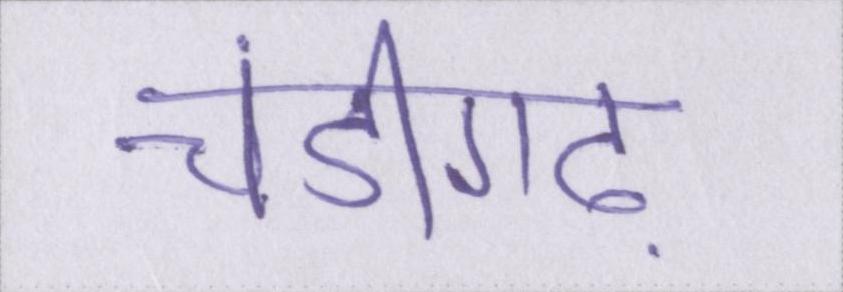
चंडीगढ़